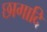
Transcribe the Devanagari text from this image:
छागादि